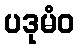
ပဒုမံဝ